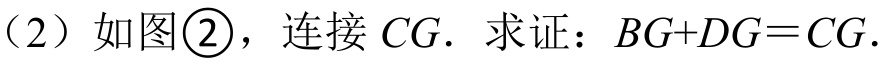
（2）如图\textcircled{2}，连接 \(CG\). 求证：\(BG + DG=CG\).